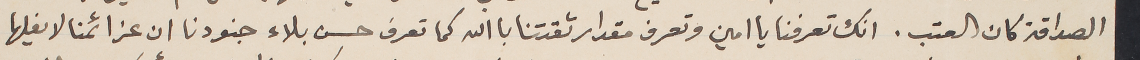
الصداقة كان العتب. انك تعرفنا يا امين وتعرف مقدار ثقتنا با الله كما تعرف حسن بلاء جنودنا ان عزائمنا لا يفلها